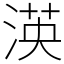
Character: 渶